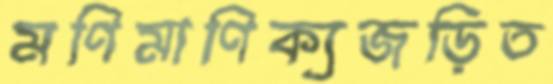
মণিমাণিক্যজড়িত